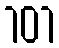
101